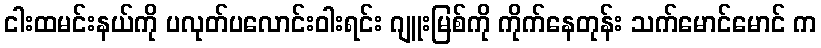
ငါးထမင်းနယ်ကို ပလုတ်ပလောင်းဝါးရင်း ဂျူးမြစ်ကို ကိုက်နေတုန်း သက်မောင်မောင် က